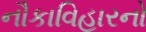
નૌકાવિહારનો